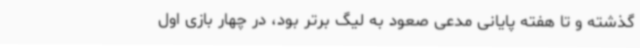
گذشته و تا هفته پایانی مدعی صعود به لیگ برتر بود، در چهار بازی اول